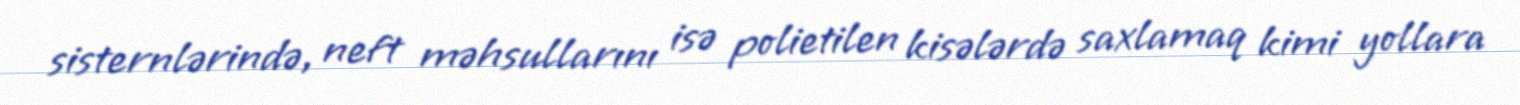
sisternlərində, neft məhsullarını isə polietilen kisələrdə saxlamaq kimi yollara